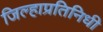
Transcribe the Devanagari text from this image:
जिल्हाप्रतिनिधी